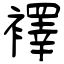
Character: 襗